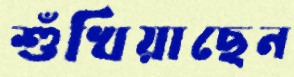
শুঁখিয়াছেন